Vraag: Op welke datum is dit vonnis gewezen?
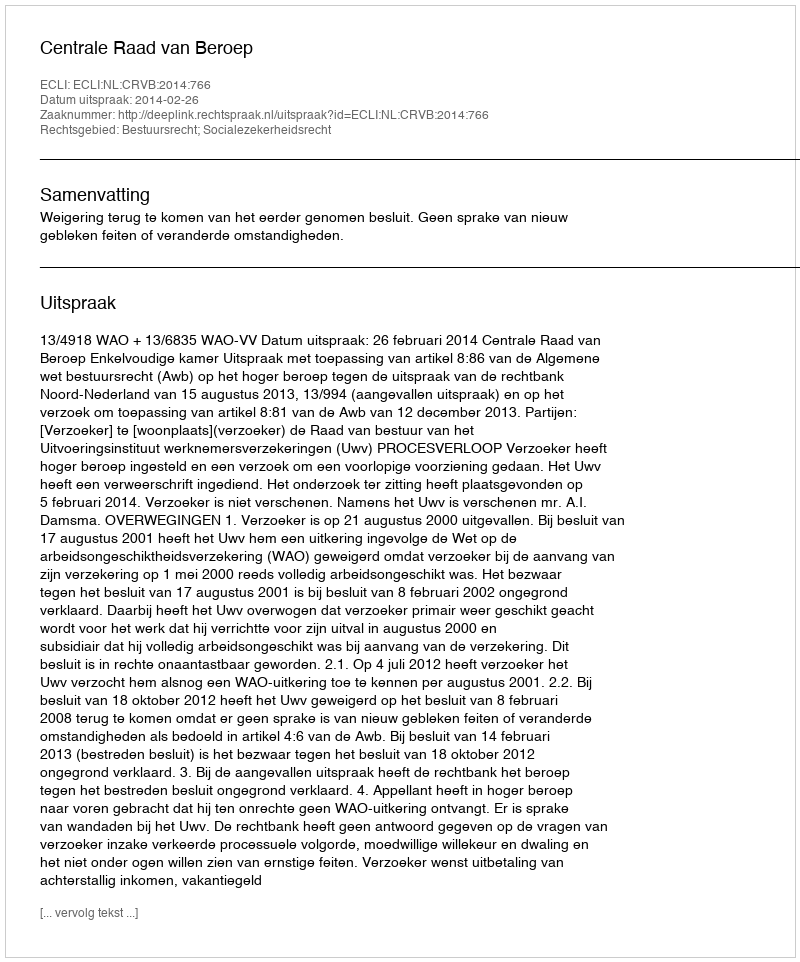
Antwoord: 2014-02-26